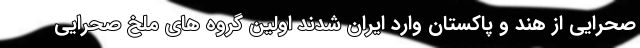
صحرایی از هند و پاکستان وارد ایران شدند اولین گروه های ملخ صحرایی